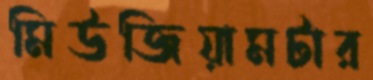
মিউজিয়ামটার